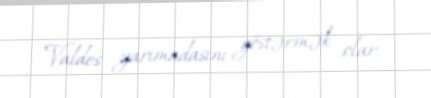
Valdes yarımadasını göstərmək olar.